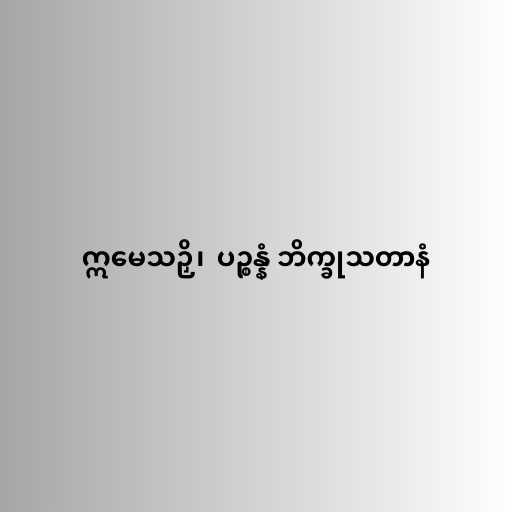
ဣမေသဉှိ၊  ပဉ္စန္နံ ဘိက္ခုသတာနံ